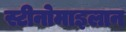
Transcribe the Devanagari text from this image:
स्टीनोमाइलान